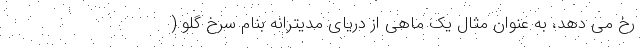
رخ می دهد، به عنوان مثال یک ماهی از دریای مدیترانه بنام سرخ گلو (